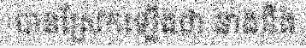
បានស្រែកឡើងថា នាងនឹង